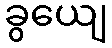
ခွယျေ